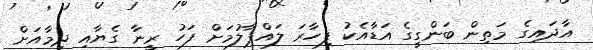
އާދައިގެ މަތިން ބަންގީގެ އަޑާއެކު ފިހާރަ ލައްޕާލުމަށް ފަހު ރީނާ ގެޔާއި ދިމާއަށް